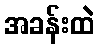
အခန်းထဲ